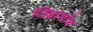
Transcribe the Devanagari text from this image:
जिह्वाशोथ